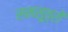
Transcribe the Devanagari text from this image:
समसूत्रों